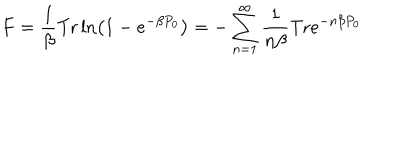
LaTeX: F = \frac { 1 } { \beta } \mathrm { T r } \ln \left( 1 - e ^ { - \beta P _ { 0 } } \right) = - \sum _ { n = 1 } ^ { \infty } \frac { 1 } { n \beta } \mathrm { T r } e ^ { - n \beta P _ { 0 } }